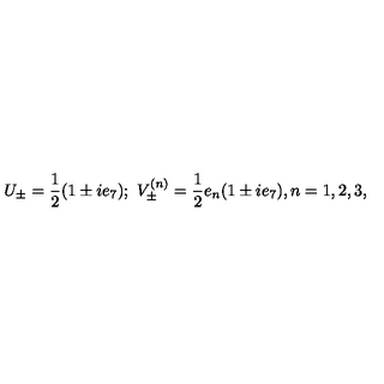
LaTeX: U _ { \pm } = \frac { 1 } { 2 } ( 1 \pm i e _ { 7 } ) ; \ V _ { \pm } ^ { ( n ) } = \frac { 1 } { 2 } e _ { n } ( 1 \pm i e _ { 7 } ) , n = 1 , 2 , 3 ,